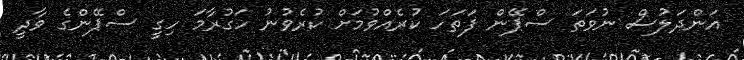
އަންދަލުސް ނުވަތަ ސްޕޭން ފަތަހަ ކުރެއްވުމަށް ކުރެވުނު ހަގުރާމަ ހިގީ ސްޕޭންގެ ވާދީ